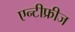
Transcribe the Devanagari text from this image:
एन्टीफ्रीज